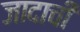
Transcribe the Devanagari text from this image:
जादाची